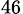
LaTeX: _{46}